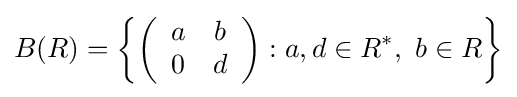
B(R)=\left\lbrace {\left({\begin{array}{*{20}c}a&b\\0&d\end{array}}\right):a,d\in R^{*},~b\in R}\right\rbrace